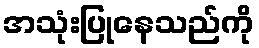
အသုံးပြုနေသည်ကို